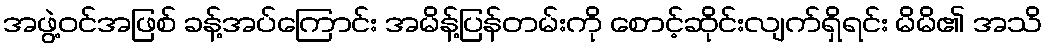
အဖွဲ့ဝင်အဖြစ် ခန့်အပ်ကြောင်း အမိန့်ပြန်တမ်းကို စောင့်ဆိုင်းလျက်ရှိရင်း မိမိ၏ အသိ